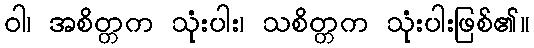
ဝါ၊ အစိတ္တက သုံးပါး၊ သစိတ္တက သုံးပါးဖြစ်၏။